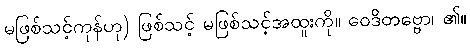
မဖြစ်သင့်ကုန်ဟု) ဖြစ်သင့် မဖြစ်သင့်အထူးကို။ ဝေဒိတဗ္ဗော၊ ၏။